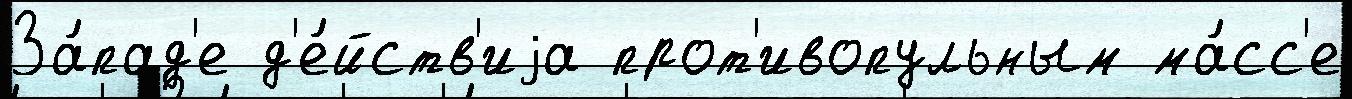
За́пад'е д'е́йств'иjа прот'ивопульным ма́сс'е